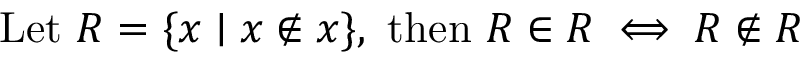
{ \mathrm { L e t ~ } } R = \{ x \mid x \not \in x \} { \mathrm { , ~ t h e n ~ } } R \in R \iff R \not \in R